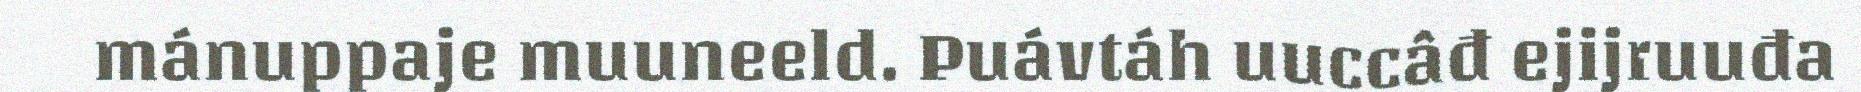
mánuppaje muuneeld. Puávtáh uuccâđ ejijruuđa